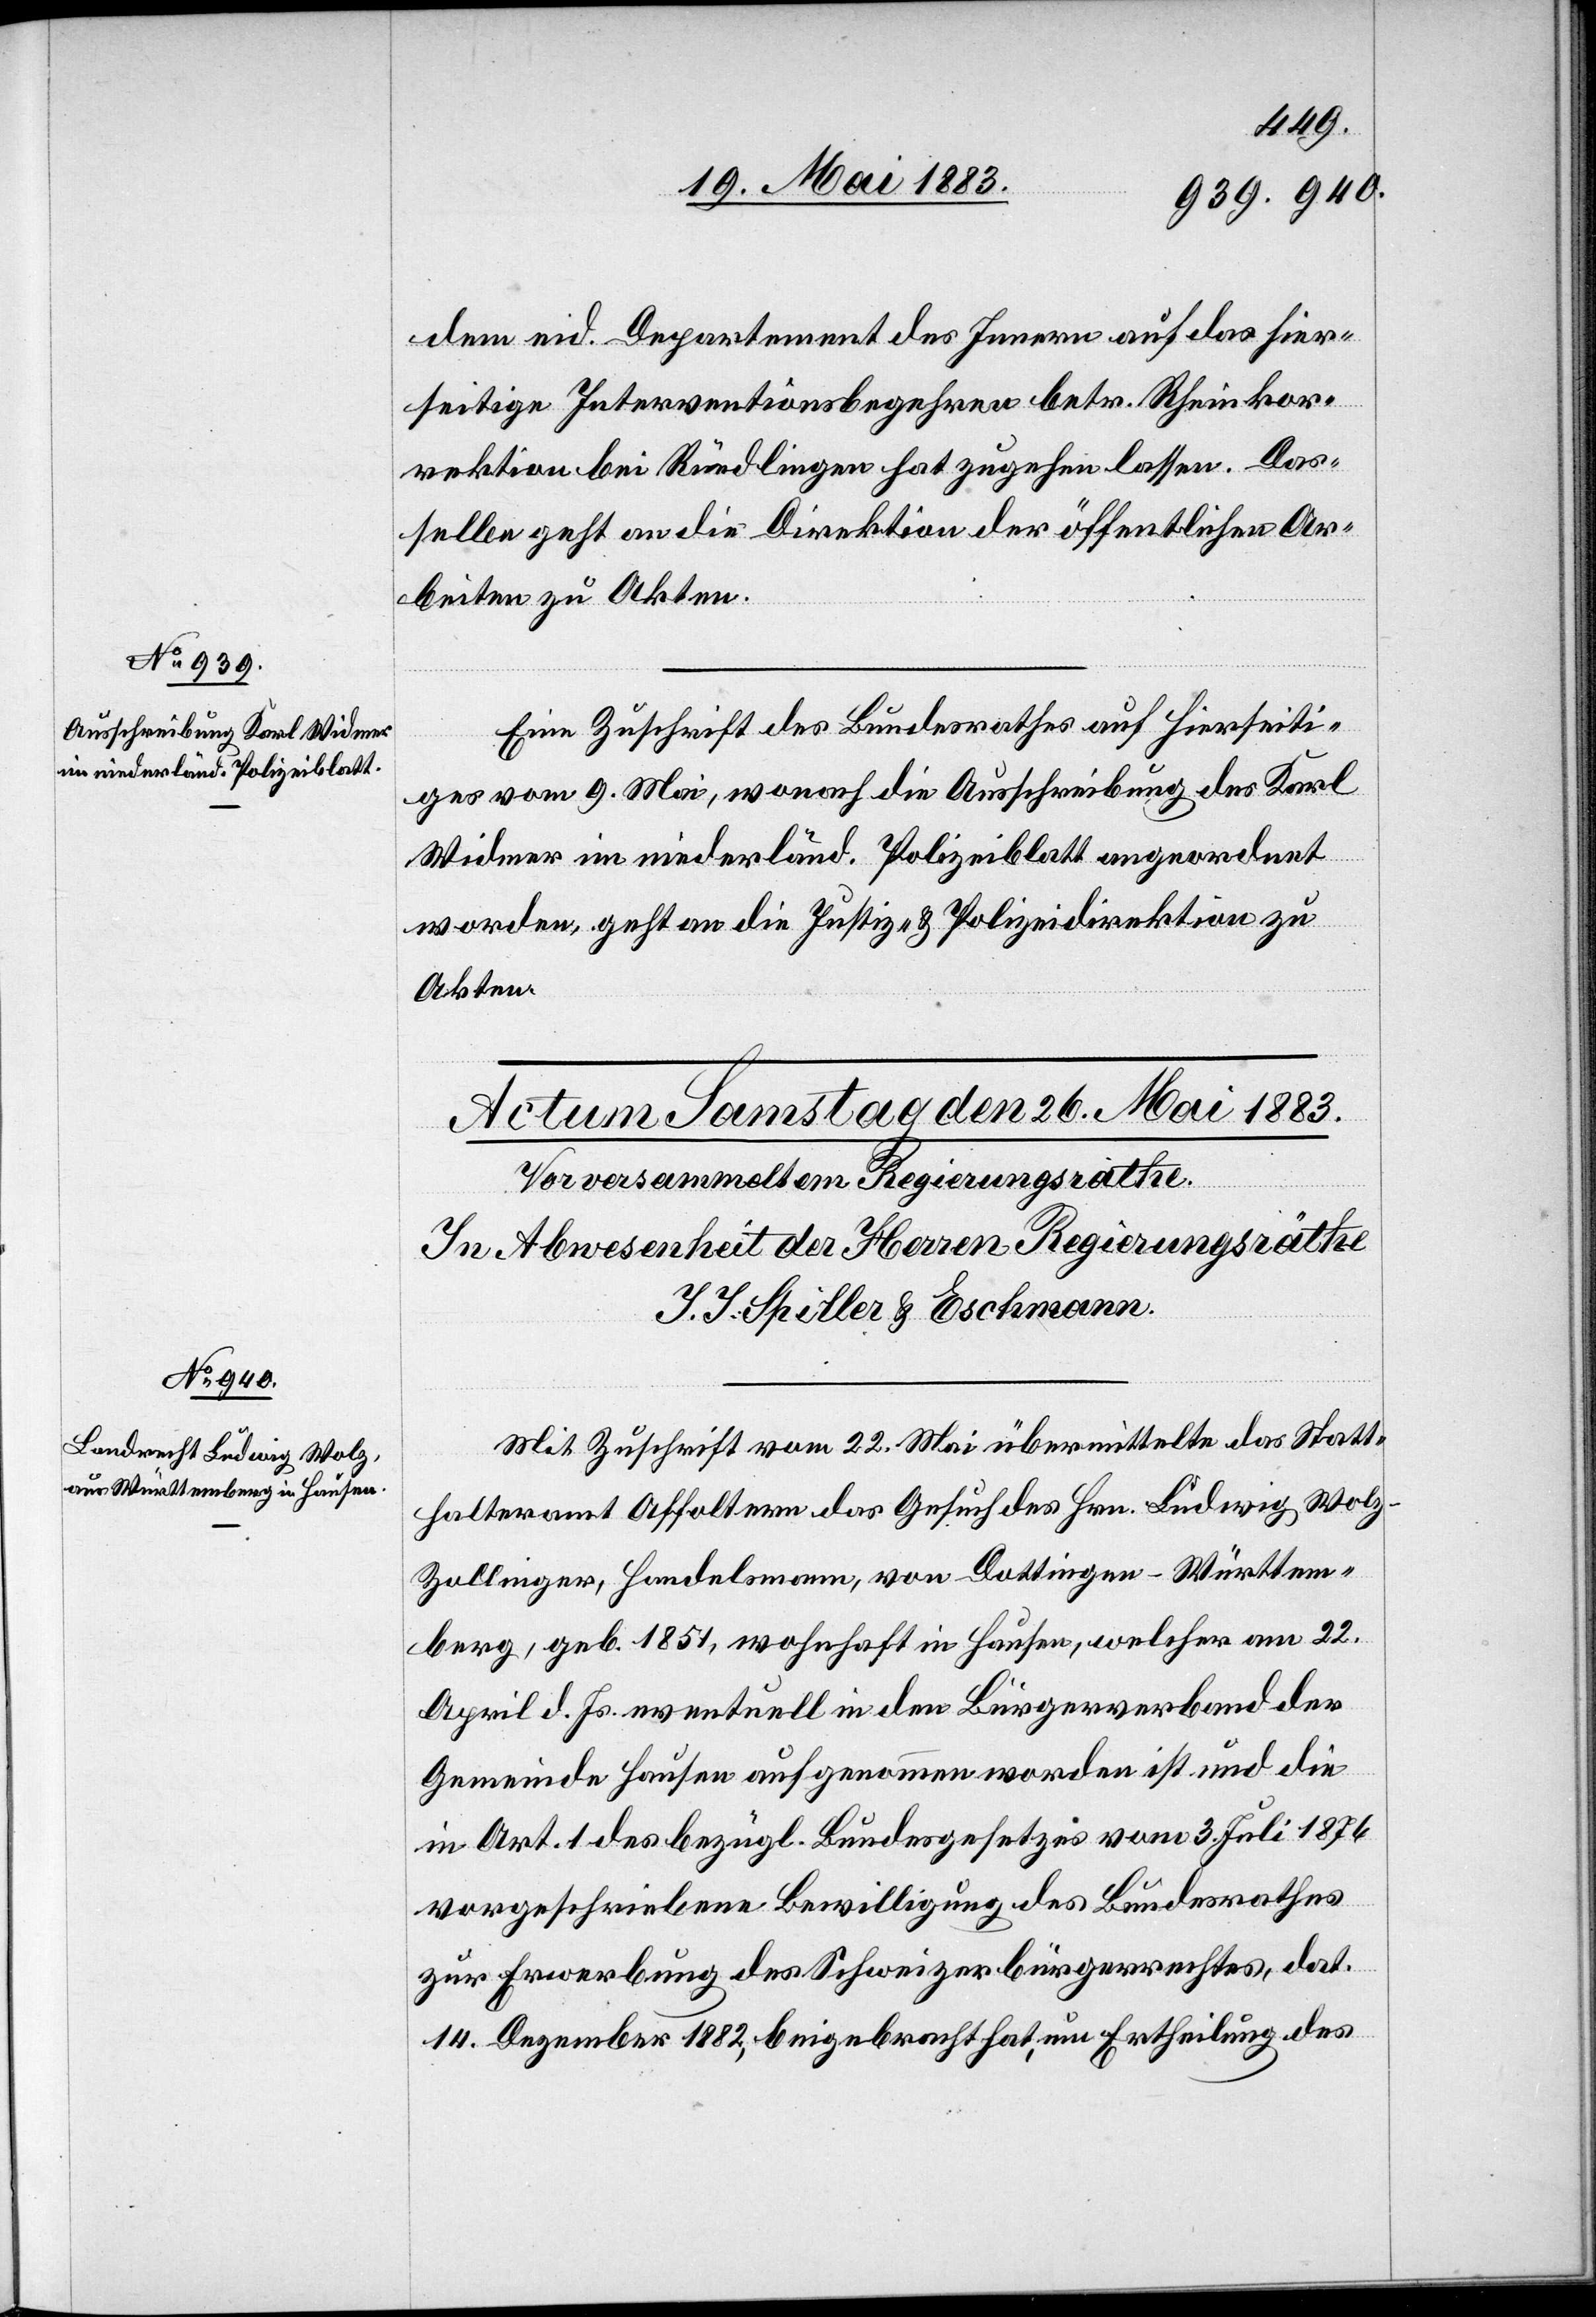
26. Mai 1883.]
dem eid. Departement des Innern auf das hier¬
seitige Interventionsbegehren betr. Rheinkor¬
rektion bei Rüedlingen hat zugehen lassen. Das¬
selbe geht an die Direktion der öffentlichen Ar¬
beiten zu Akten.
Eine Zuschrift des Bundesrathes auf hierseiti¬
ges vom 9. Mai, wonach die Ausschreibung des Karl
Widmer im niederländ. Polizeiblatt angeordnet
worden, geht an die Justiz- & Polizeidirektion zu
Akten.
Mit Zuschrift vom 22. Mai übermittelte das Statt¬
halteramt Affoltern das Gesuch des Hrn. Ludwig Wolz-Z¬
ollinger, Handelsmann, von Dottingen - Württem¬
berg, geb. 1851, wohnhaft in Hausen, welcher am 22.
April d. Js. eventuell in den Bürgerverband der
Gemeinde Hausen aufgenommen worden ist und die
in Art. 1 des bezügl. Bundesgesetzes vom 3. Juli 1876
vorgeschriebene Bewilligung des Bundesrathes
zur Erwerbung des Schweizerbürgerrechtes, dat.
14. Dezember 1882, beigebracht hat, um Ertheilung des